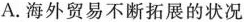
A. 海外贸易不断拓展的状况